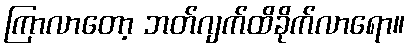
ကြာလာတော့ ဘတ်ဂျက်ထိခိုက်လာရော။